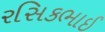
રસિકભાઈ